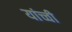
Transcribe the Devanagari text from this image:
यांच्ची